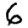
Digit: 6